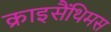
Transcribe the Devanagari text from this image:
क्राइसैंथिमस